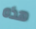
هذه